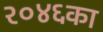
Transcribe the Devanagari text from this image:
२०४६का